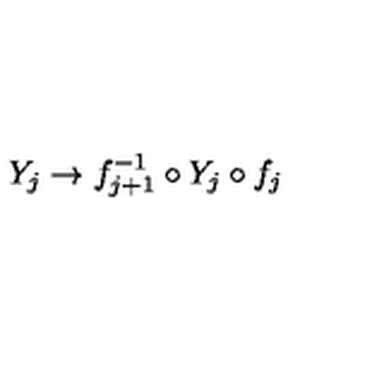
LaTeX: Y _ { j } \to f _ { j + 1 } ^ { - 1 } \circ Y _ { j } \circ f _ { j }